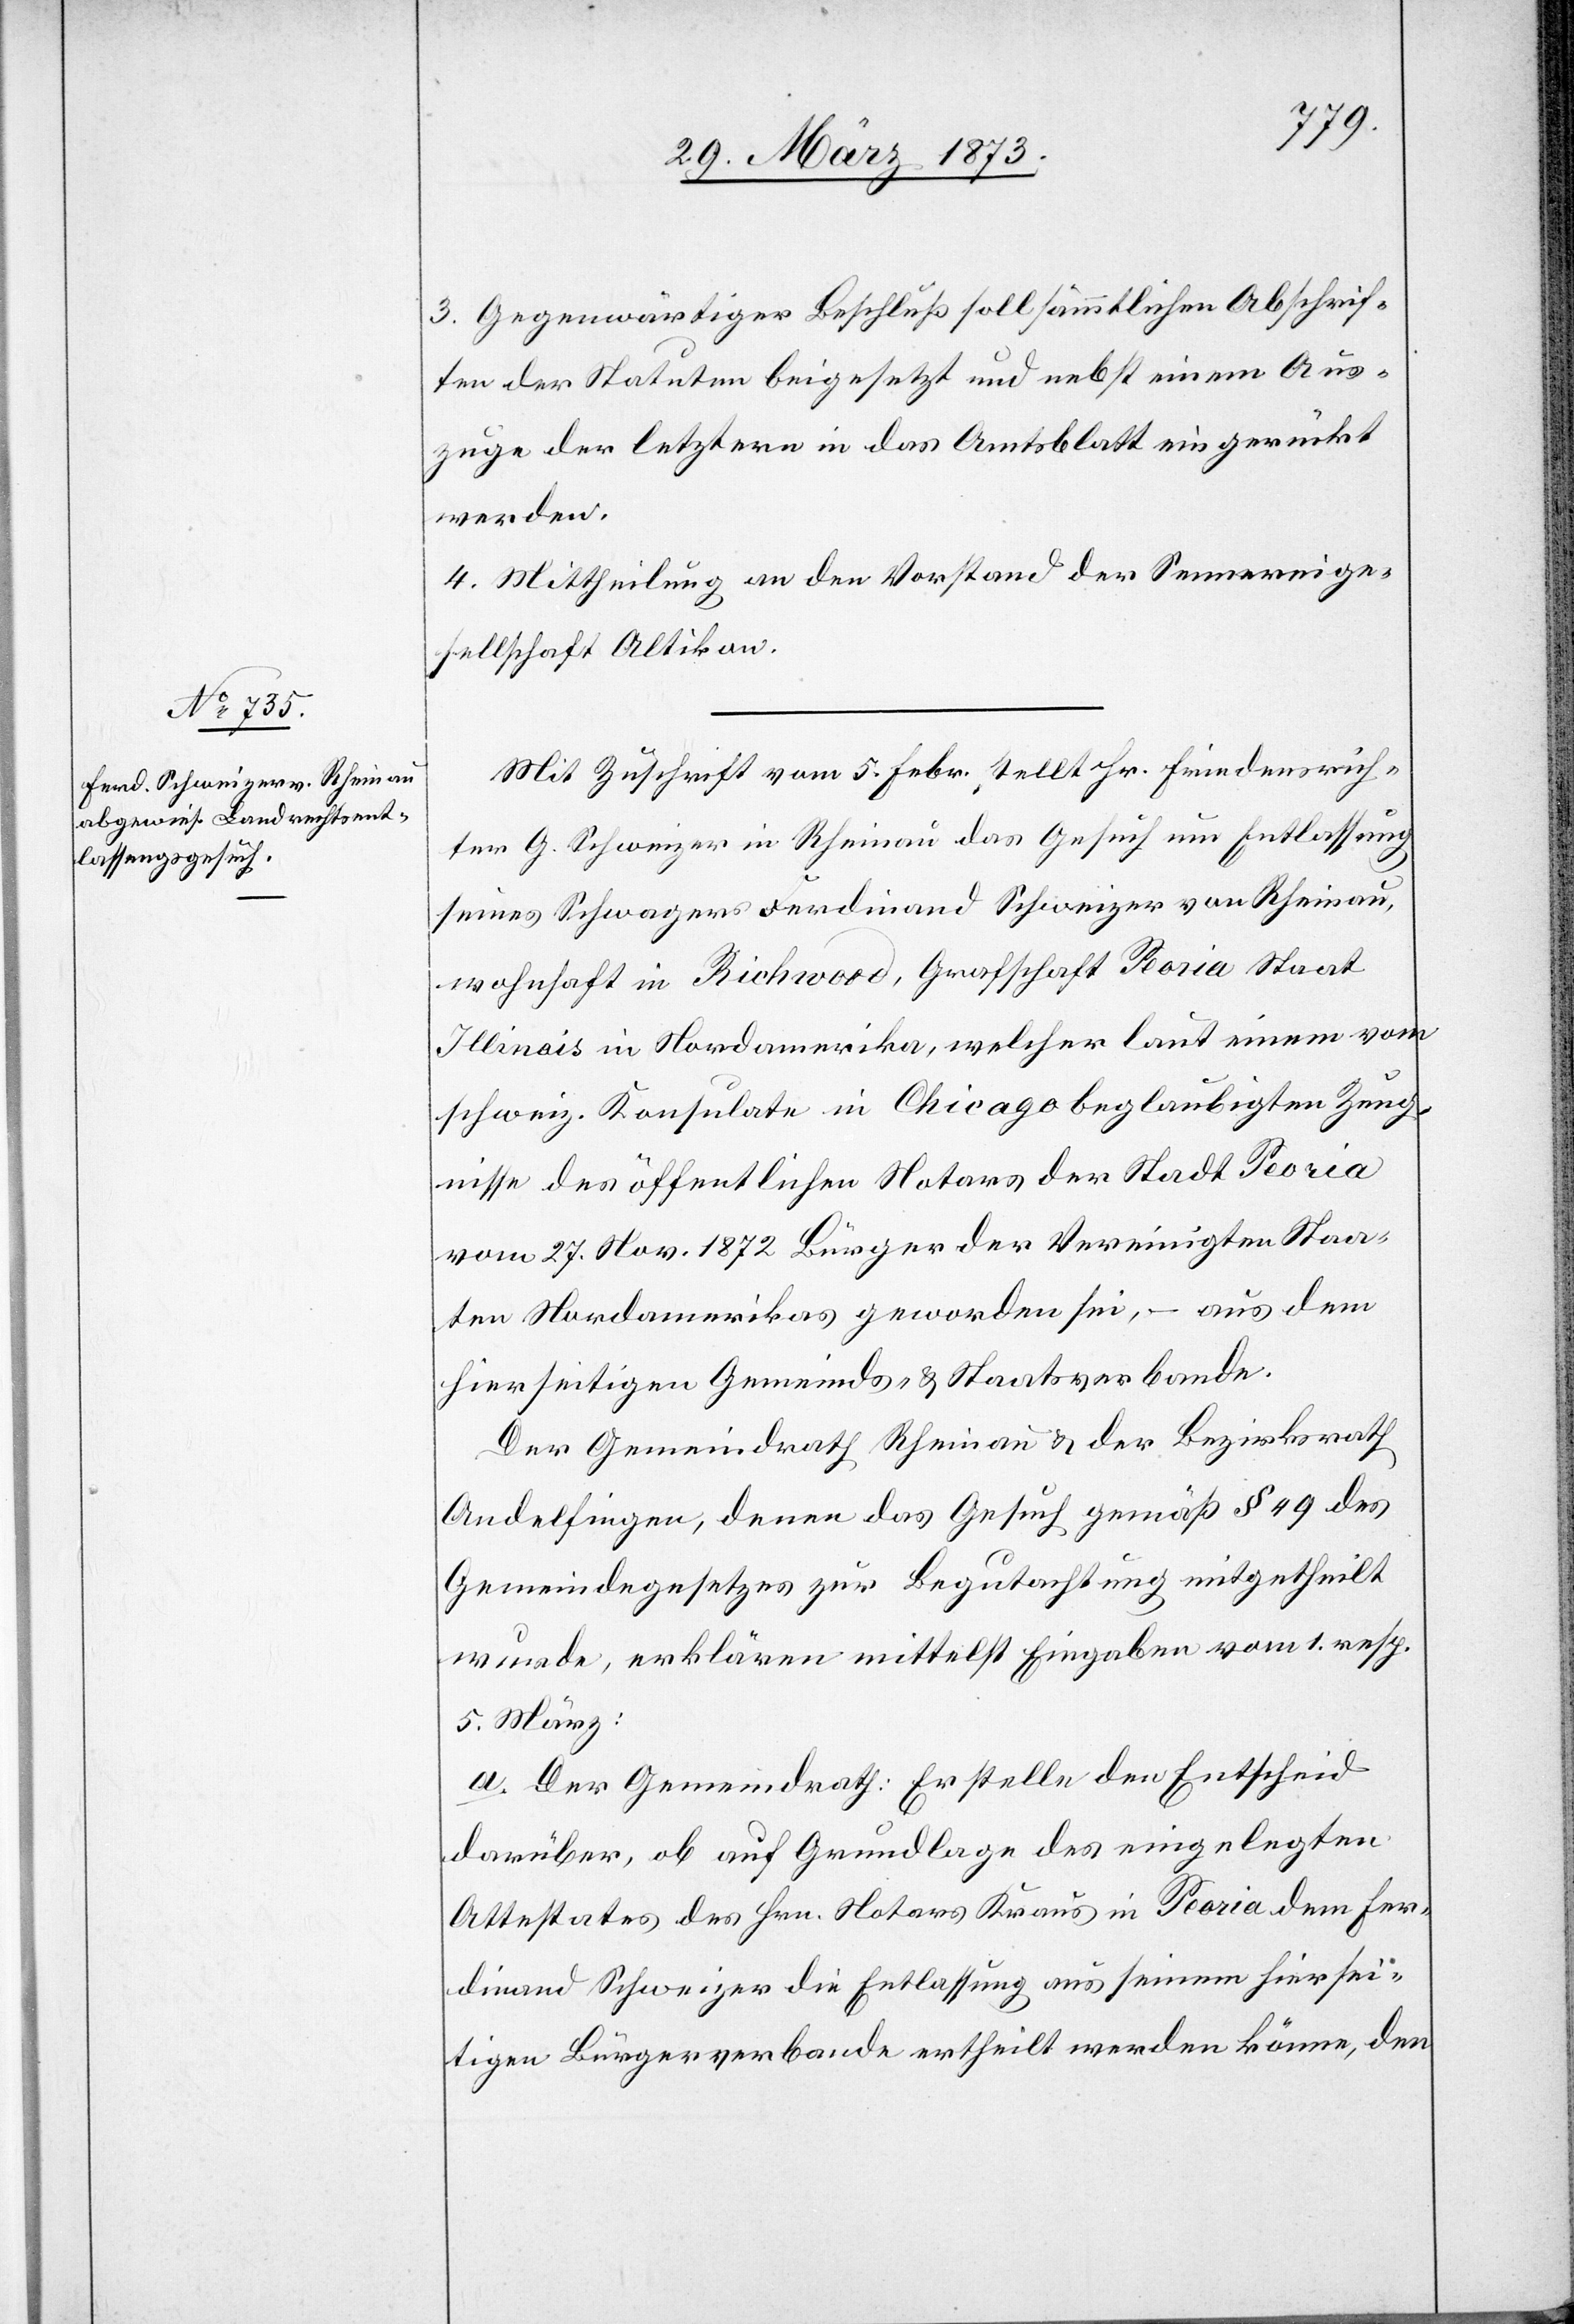
3. Gegenwärtiger Beschluß soll sämmtlichen Abschrif¬
ten der Statuten beigesetzt und nebst einem Aus¬
zuge der letztern in das Amtsblatt eingerückt
werden.
4. Mittheilung an den Vorstand der Sennereige¬
sellschaft Altikon.
Mit Zuschrift vom 5. Febr., stellt Hr. Friedensrich¬
ter G. Schweizer in Rheinau das Gesuch um Entlassung
seines Schwagers Ferdinand Schweizer von Rheinau,
wohnhaft in Richwood, Grafschaft Peoria[,] Staat
Illinois in Nordamerika, welcher laut einem vom
schweiz. Konsulate in Chicago beglaubigten Zeug¬
nisse des öffentlichen Notars der Stadt Peoria
vom 27. Nov. 1872 Bürger der Vereinigten Staa¬
ten Nordamerikas geworden sei, – aus dem
hierseitigen Gemeinds- u. Staatsverbande.
Der Gemeindrath Rheinau u. der Bezirksrath
Andelfingen, denen das Gesuch gemäß § 49 des
Gemeindegesetzes zur Begutachtung mitgetheilt
wurde, erklären mittelst Eingaben vom 1. resp.
5. März:
a. Der Gemeindrath: Er stelle den Entscheid
darüber, ob auf Grundlage des eingelegten
Attestates des Hrn. Notars Kraus in Peoria dem Fer¬
dinand Schweizer die Entlassung aus seinem hiersei¬
tigen Bürgerverbande ertheilt werden könne, den